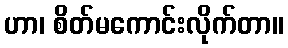
ဟာ၊ စိတ်မကောင်းလိုက်တာ။